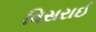
વિસરાઈ